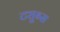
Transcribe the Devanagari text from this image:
ट्युब्स